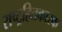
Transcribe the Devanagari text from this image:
राष्ट्रहितकारक